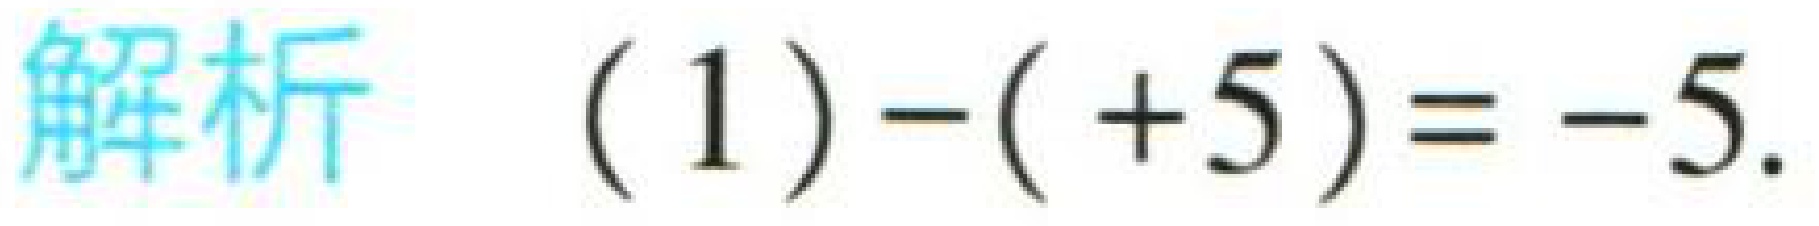
解析 (1)$-( + 5)=-5$.